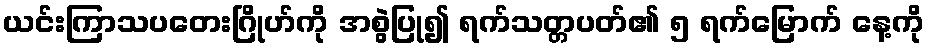
ယင်းကြာသပတေးဂြိုဟ်ကို အစွဲပြု၍ ရက်သတ္တပတ်၏ ၅ ရက်မြောက် နေ့ကို